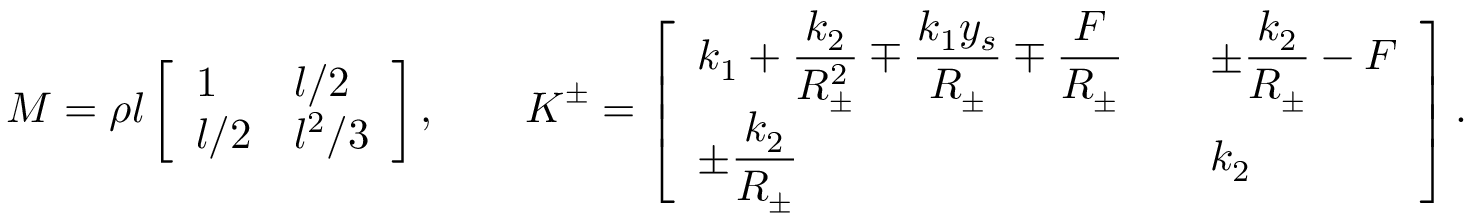
\boldsymbol { M } = \rho l \left[ \begin{array} { l l } { 1 } & { l / 2 } \\ { l / 2 } & { l ^ { 2 } / 3 } \end{array} \right] , \qquad \boldsymbol { K } ^ { \pm } = \left[ \begin{array} { l l } { \displaystyle k _ { 1 } + \frac { k _ { 2 } } { R _ { \pm } ^ { 2 } } \mp \frac { k _ { 1 } y _ { s } } { R _ { \pm } } \mp \frac { F } { R _ { \pm } } \quad } & { \displaystyle \pm \frac { k _ { 2 } } { R _ { \pm } } - F } \\ { \displaystyle \pm \frac { k _ { 2 } } { R _ { \pm } } } & { k _ { 2 } } \end{array} \right] .